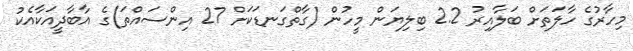
މިހާރުގެ ހާލަތަށް ބަލާއިރު 2.2 ބިލިޔަން މީހުން (ގާތްގަނޑަކަށް 27 އިންސައްތަ)ގެ އާބާދީއަކާއެކު